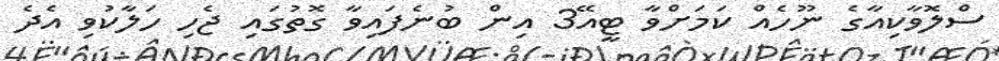
ސްލޮވާކިއާގެ ނޫހެއް ކަމަށްވާ ޓީއޭ3 އިން ބުނެފައިވާ ގޮތުގައި ޖެހި ހަލާކުވި އެދެ